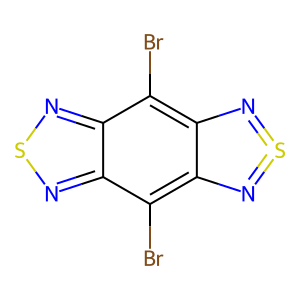
SMILES: Brc1c2c(c(Br)c3nsnc13)N=S=N2
Inhibits HIV replication: No